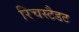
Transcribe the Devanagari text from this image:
रिचस्टैडट